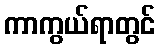
ကာကွယ်ရာတွင်